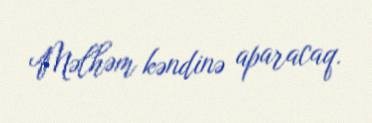
Məlhəm kəndinə aparacaq.